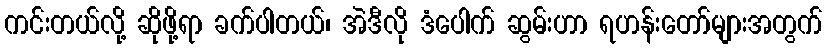
ကင်းတယ်လို့ ဆိုဖို့ရာ ခက်ပါတယ်၊ အဲဒီလို ဒံပေါက် ဆွမ်းဟာ ရဟန်းတော်များအတွက်